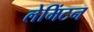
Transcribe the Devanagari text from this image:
लेमिंटन